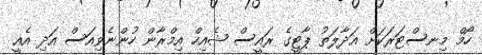
ހޯމް މިނސްޓަރަކަށް އަދާލަތު ޕާޓީގެ ރައީސް ޝެއިހް އިމްރާން ހުންނެވިއަސް އަދި އެއީ